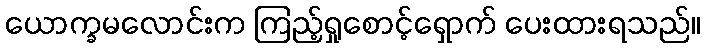
ယောက္ခမလောင်းက ကြည့်ရှုစောင့်ရှောက် ပေးထားရသည်။